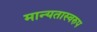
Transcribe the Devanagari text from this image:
मान्यतास्वरुप